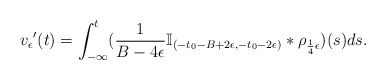
\begin{align*}v_\epsilon{'}(t)=\int_{-\infty}^{t}(\frac{1}{B-4\epsilon}\mathbb{I}_{(-t_0-B+2\epsilon,-t_0-2\epsilon)}*\rho_{\frac{1}{4}\epsilon})(s)ds.\end{align*}